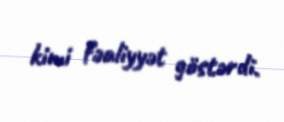
kimi fəaliyyət göstərdi.